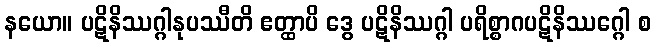
နယော။ ပဋိနိဿဂ္ဂါနုပဿီတိ ဧတ္ထာပိ ဒွေ ပဋိနိဿဂ္ဂါ ပရိစ္စာဂပဋိနိဿဂ္ဂေါ စ